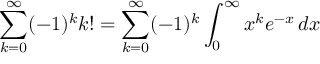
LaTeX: \sum _ { k = 0 } ^ { \infty } ( - 1 ) ^ { k } k ! = \sum _ { k = 0 } ^ { \infty } ( - 1 ) ^ { k } \int _ { 0 } ^ { \infty } x ^ { k } e ^ { - x } \, d x